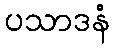
ပသာဒနံ